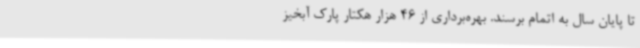
تا پایان سال به اتمام برسند. بهره‌برداری از 46 هزار هکتار پارک آبخیز